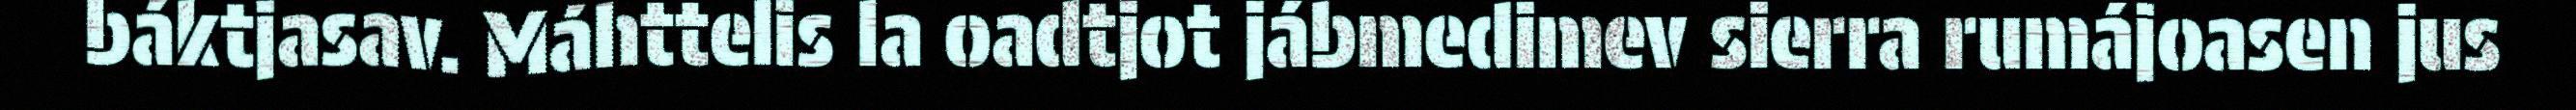
báktjasav. Máhttelis la oadtjot jábmedimev sierra rumájoasen jus